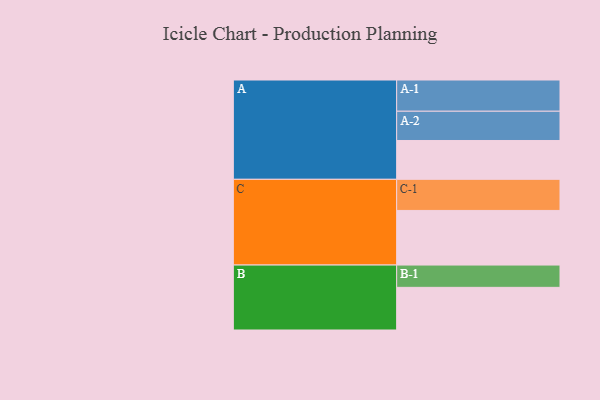
{"axis": {"x": "Segment", "y": "Value"}, "legend": ["", "A", "B", "C"], "data": [{"x": "A", "y": 357, "type": ""}, {"x": "B", "y": 392, "type": ""}, {"x": "C", "y": 502, "type": ""}, {"x": "A-1", "y": 287, "type": "A"}, {"x": "A-2", "y": 269, "type": "A"}, {"x": "B-1", "y": 205, "type": "B"}, {"x": "C-1", "y": 286, "type": "C"}]}